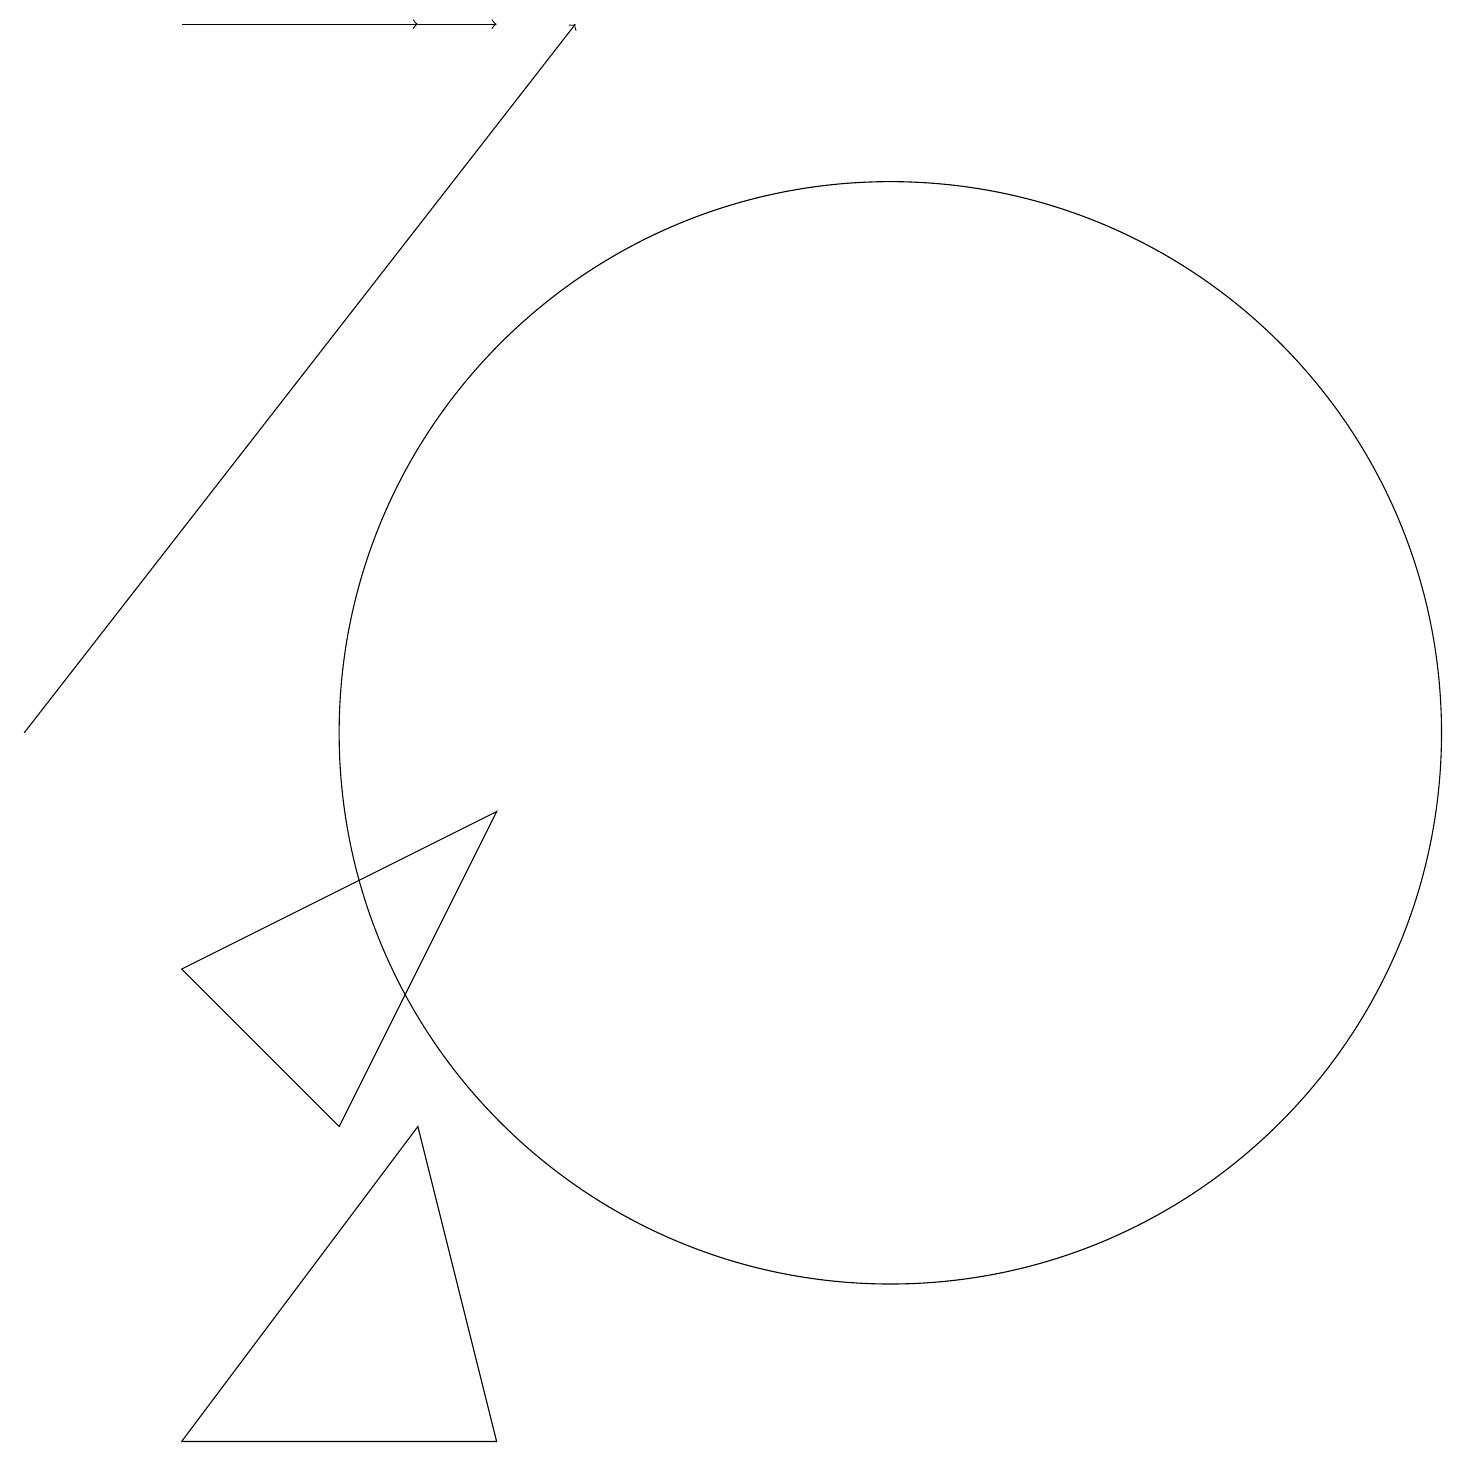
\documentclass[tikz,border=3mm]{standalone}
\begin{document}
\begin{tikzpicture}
\draw[->] (1,10) -- (8,19);
\draw (7,9) -- (3,7) -- (5,5) -- cycle;
\draw[->] (6,19) -- (7,19);
\draw[->] (3,19) -- (6,19);
\draw (12,10) circle (7);
\draw (3,1) -- (7,1) -- (6,5) -- cycle;
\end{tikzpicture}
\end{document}